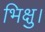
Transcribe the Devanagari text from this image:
भिक्षु।